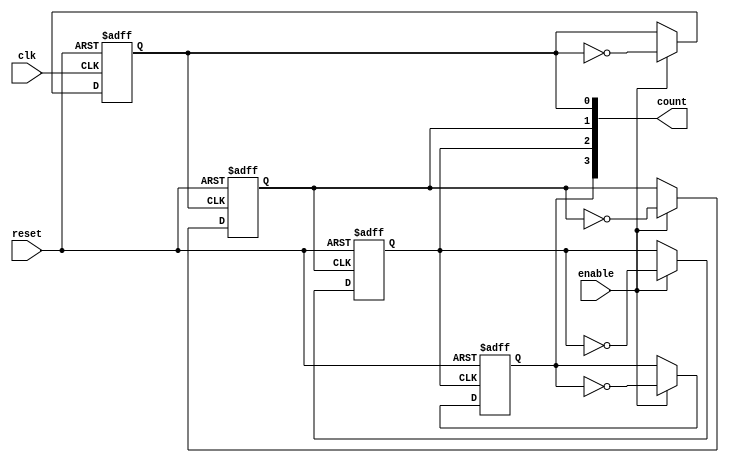
module Chained_Parallel_Counter #(
    parameter N = 4,          // Number of bits (flip-flops)
    parameter MODE = 0        // 0 for Chained, 1 for Parallel
)(
    input wire clk,           // Clock signal
    input wire reset,         // Asynchronous reset signal
    input wire enable,        // Enable signal
    output reg [N-1:0] count  // Counter output
);

// Chained Counter Logic
generate
    if (MODE == 0) begin : chained_counter
        genvar i;
        for (i = 0; i < N; i = i + 1) begin : flip_flop_chain
            if (i == 0) begin
                // First flip-flop is clocked by the main clock
                always @(posedge clk or posedge reset) begin
                    if (reset)
                        count[i] <= 0;
                    else if (enable)
                        count[i] <= ~count[i]; // Toggle the first flip-flop
                end
            end else begin
                // Subsequent flip-flops are clocked by the previous flip-flop
                always @(posedge count[i-1] or posedge reset) begin
                    if (reset)
                        count[i] <= 0;
                    else if (enable)
                        count[i] <= ~count[i]; // Toggle the flip-flop
                end
            end
        end
    end else begin : parallel_counter
        // Parallel Counter Logic
        always @(posedge clk or posedge reset) begin
            if (reset) begin
                count <= 0; // Reset the counter
            end else if (enable) begin
                count <= count + 1; // Increment the counter
            end
        end
    end
endgenerate

endmodule